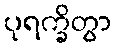
ပုရက္ခိတွာ